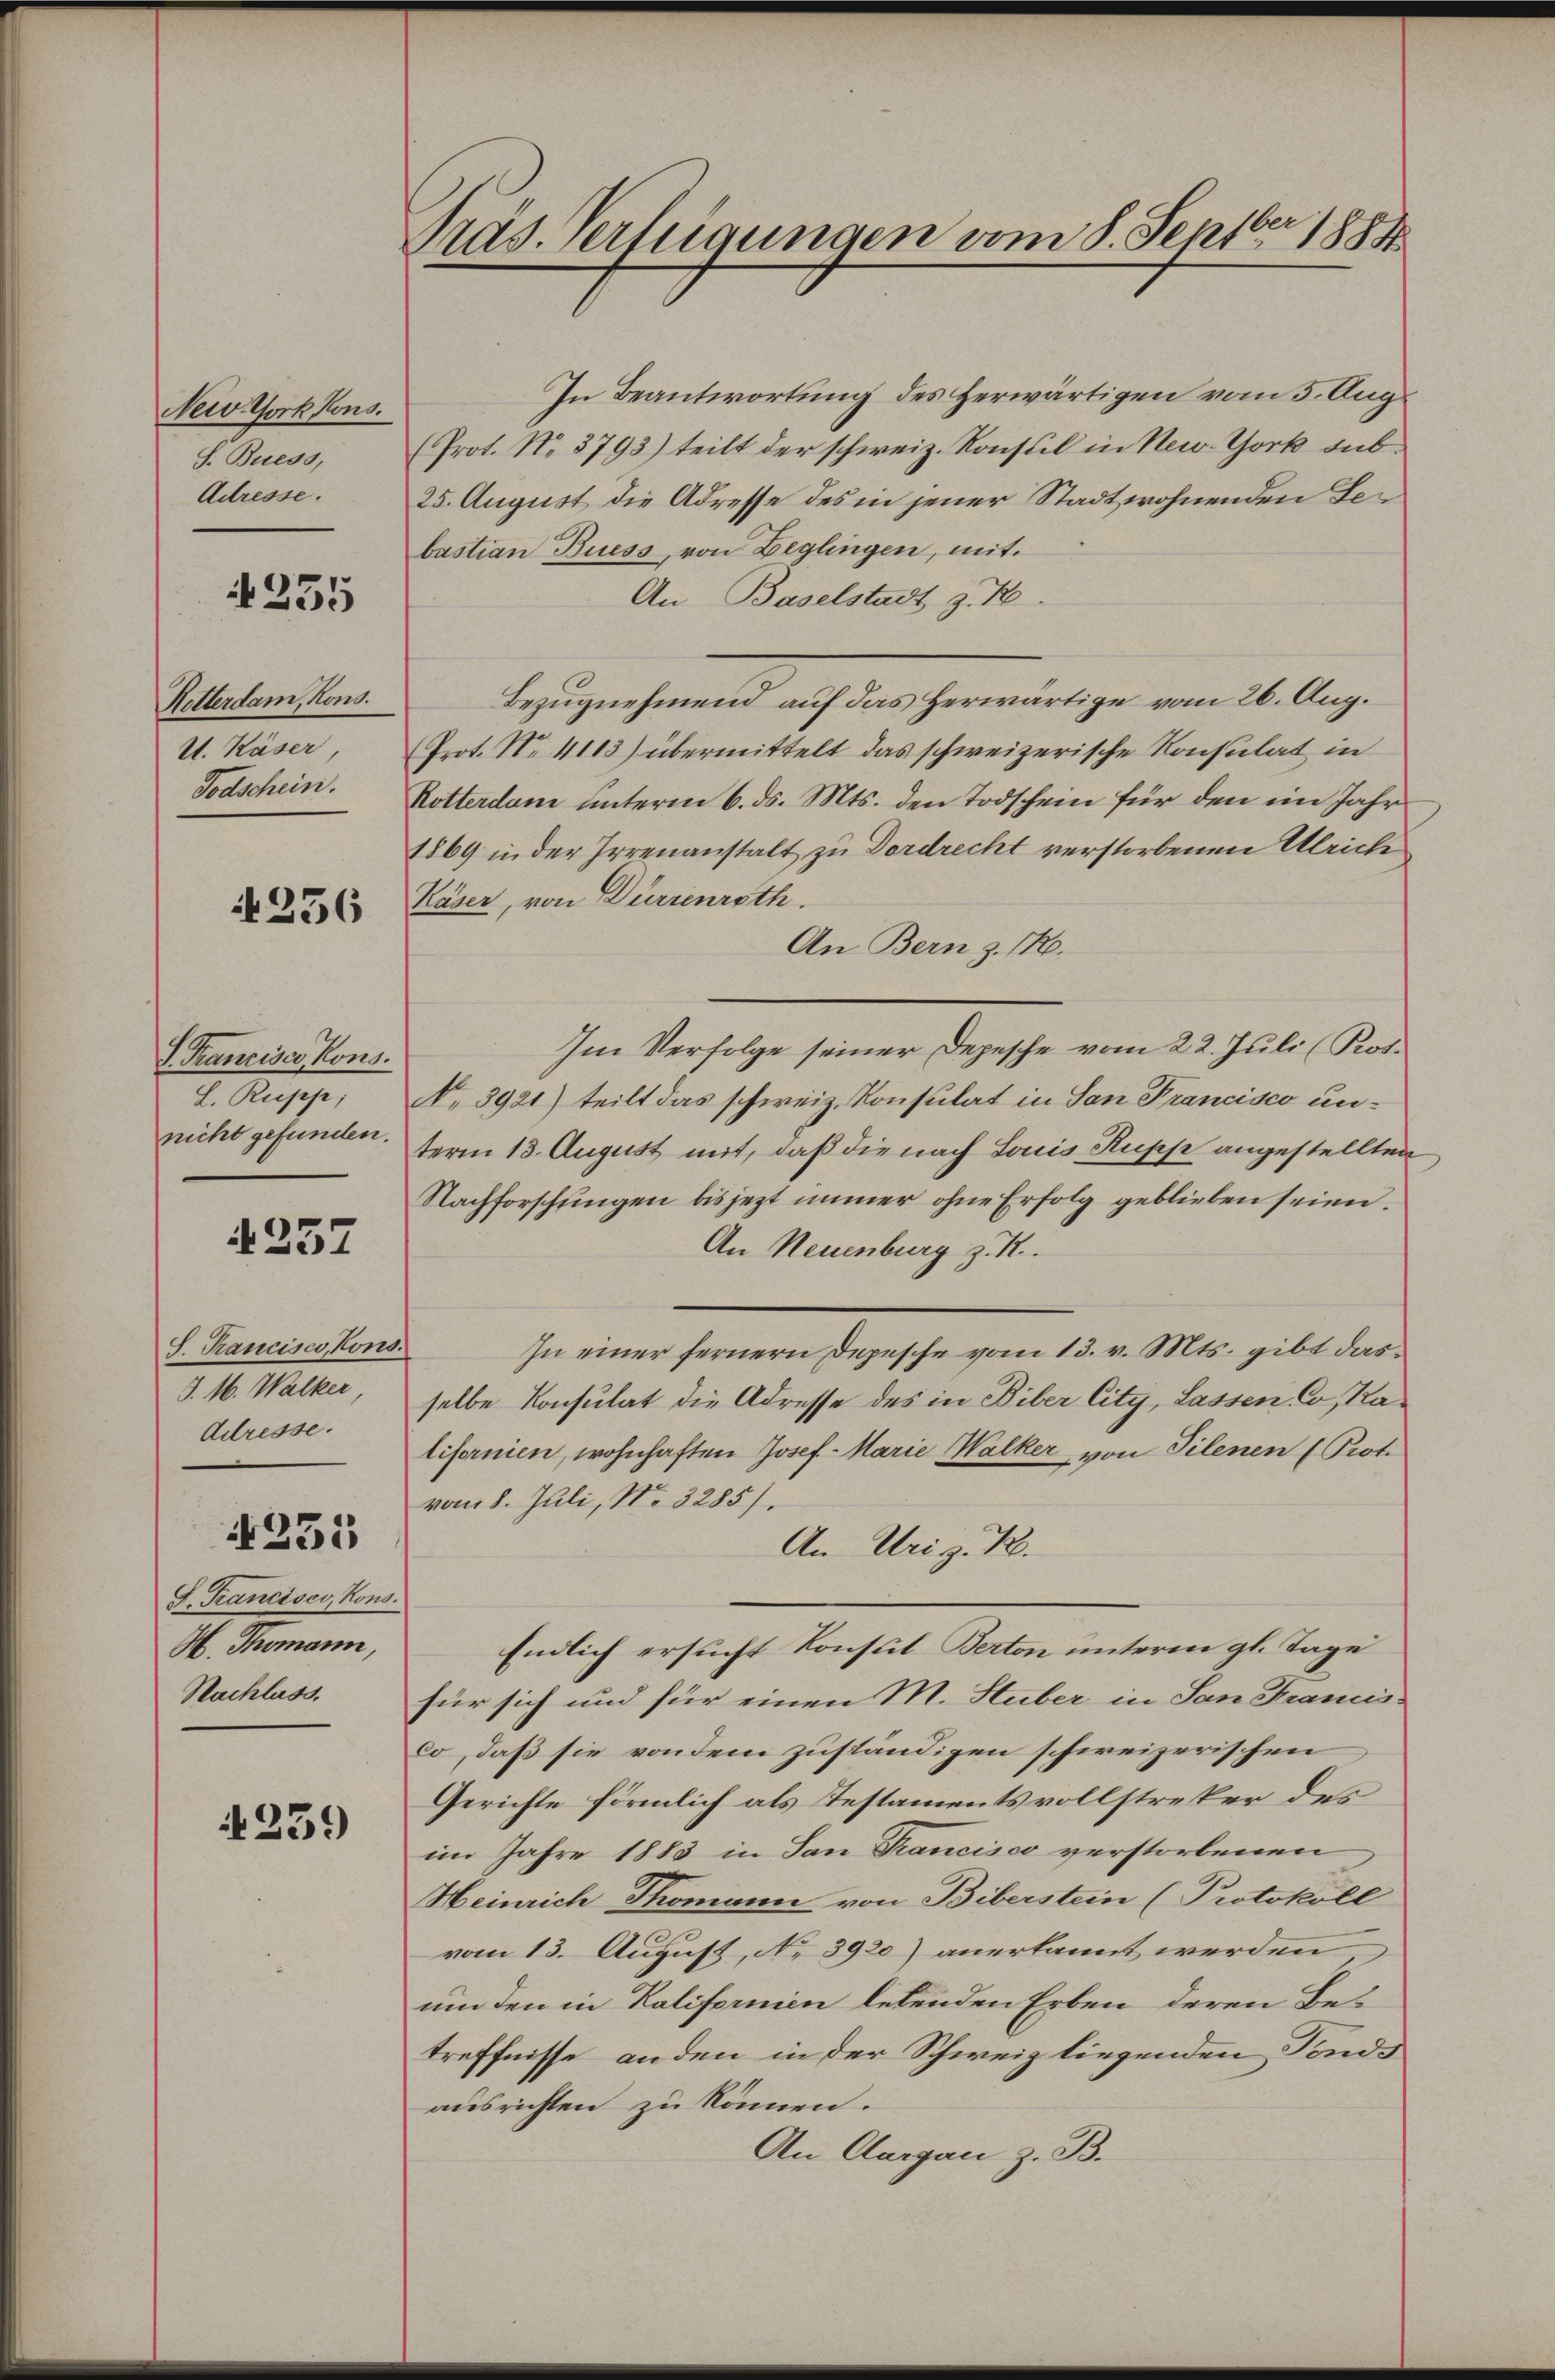
Neiv York Kons.
S. Buess,
Adresse.

235

Retterdam, Kons.
V. Käser,
Todschein.

4256

I. Tranciser, Kons.
L. Ruppe,
nicht gefunden.

257

S. Trancisco, Kons.
J. M. Walker
Adresse.

4231

S. Trancisco, Kons.
H. Thomann,
Nachlass.

239

Präs. verleigungen vom 8. Septbr 1889

In Beantwortung des Herwärtigen vom 5. Aug.
(Prot. No. 3793) teilt der schweiz. Konsul in New York sub¬
25. August die Adresse des in jener Stadtwohnenden Bebastian Buess, von Beglingen, mit
An Baselstadt z. B.
Bezugnehmend auf das herwärtige vom 26. Aug.
Prot. N. 4113) übermittelt das schweizerische Konsulat in
Rotterdam unterm 6. ds. Mts. den Todschein für den im Jahr
1869 in der Irrenanstalt zu Dordrecht verstorbenen Ulrich
Käser, von Dürrenroth.
An Bern z. 10.
Im Verfolge seiner Depesche vom 22. Juli (Ros.
No 3921) teilt das schweiz. Konsulat in San Francisco unterm 13. August mit, daß die nach Louis Rupp angestellten
Nachforschungen bis jezt immer ohne Erfolg geblieben seien.
An Neuenburg z. R.
In einer fernern Depesche vom 13. v. Mts. gibt das
selbe Konsulat die Adresse des in Biber City, Lassen Co, Kalifornien, wohnhaften Josef - Marie Walker, von Tilenen (Prot
vom 8. Juli, No. 3285).
An Uri z. R.
Endlich ersucht Konsul Berton unterm gl. Tage
für sich und für einen M. Stuber in San Framis
co, daß sie von dem zuständigen schweizerischen
Gerichte förmlich als Testamentsvollstreker des
im Jahre 1883 in San Francisco verstorbenen
Heinrich Thomann von Biberstein (Protokoll
vom 13. August, No 3920) anerkannt werden
um den in Kalifornien lebenden Erben deren Be-
treffnisse anden in der Schweiz liegenden Fonds
ausrichten zu können.
An Aargau z. B.